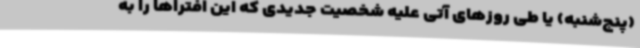
(پنج‌شنبه) یا طی روزهای آتی علیه شخصیت جدیدی که این افتراها را به